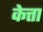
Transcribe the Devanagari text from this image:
केत्ता